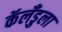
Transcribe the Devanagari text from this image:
कॅलँडुला